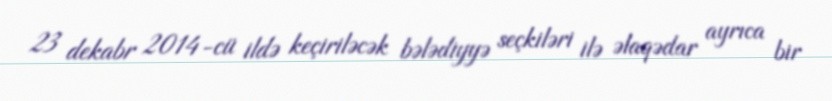
23 dekabr 2014-cü ildə keçiriləcək bələdiyyə seçkiləri ilə əlaqədar ayrıca bir